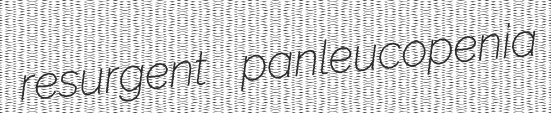
resurgent panleucopenia